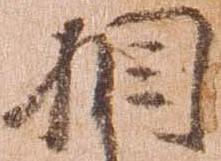
相